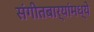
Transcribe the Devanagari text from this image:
संगीतबार्‍यांमध्ये